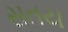
સતય